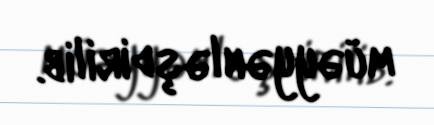
müəyyənləşdirilib.